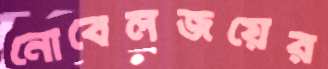
নোবেলজয়ের